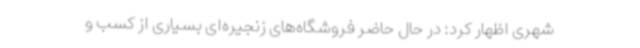
شهری اظهار کرد: در حال حاضر فروشگاه‌های زنجیره‌ای بسیاری از کسب و